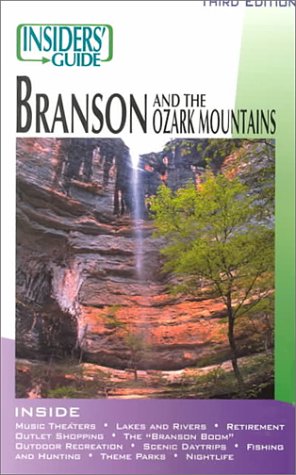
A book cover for The Insiders' Guide to Branson and Ozark Mountains; Fred Pfister; Travel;